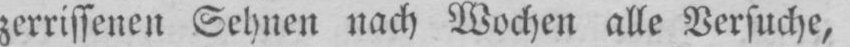
zerrissenen Sehnen nach Wochen alle Versuche,